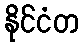
နိုင်ငံတ